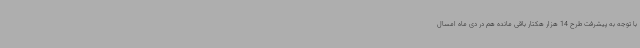
با توجه به پیشرفت طرح 14 هزار هکتار باقی مانده هم در دی ماه امسال